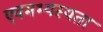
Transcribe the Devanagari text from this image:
एवमभ्यस्यता